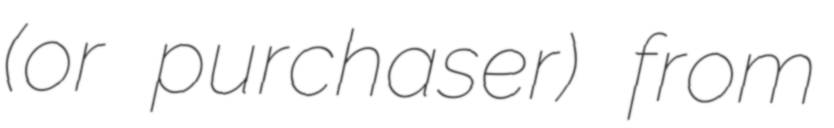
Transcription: (or purchaser) from